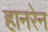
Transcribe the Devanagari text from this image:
हानरेन